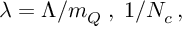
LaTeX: \lambda = \Lambda / m _ { Q } \; , \; 1 / N _ { c } \, ,